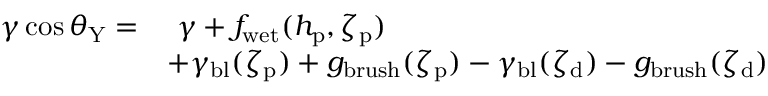
\begin{array} { r l } { \gamma \cos \theta _ { \mathrm { Y } } = } & { \ \gamma + f _ { \mathrm { w e t } } ( h _ { \mathrm { p } } , \zeta _ { \mathrm { p } } ) } \\ & { + \gamma _ { \mathrm { b l } } ( \zeta _ { \mathrm { p } } ) + g _ { \mathrm { b r u s h } } ( \zeta _ { \mathrm { p } } ) - \gamma _ { \mathrm { b l } } ( \zeta _ { \mathrm { d } } ) - g _ { \mathrm { b r u s h } } ( \zeta _ { \mathrm { d } } ) } \end{array}